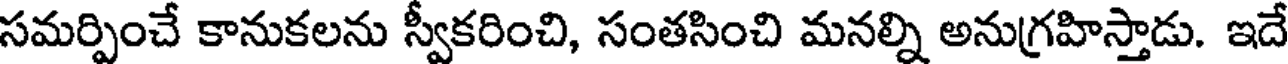
సమర్పించే కానుకలను స్వీకరించి, సంతసించి మనల్ని అనుగ్రహిస్తాడు. ఇదే